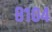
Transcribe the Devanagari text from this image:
८१०४